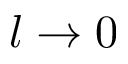
l \rightarrow 0